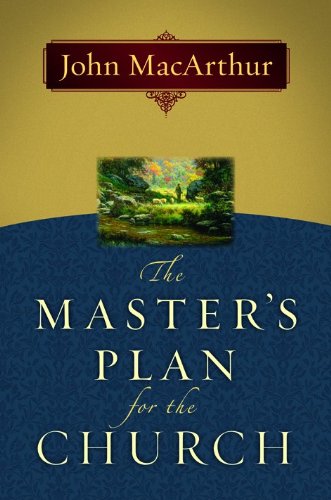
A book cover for The Master's Plan for the Church; John F MacArthur; Christian Books & Bibles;